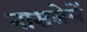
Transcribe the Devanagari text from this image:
नासलेलें